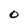
Character: 0